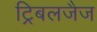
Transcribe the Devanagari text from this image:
ट्रिबलजैज